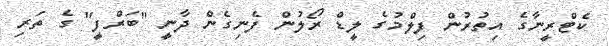
ކެޓްރީނާގެ އިތުރުން ފިލްމުގެ ލީޑް ރޯލުން ފެނިގެން ދާނީ "ބަރްފީ" ގެ ތަރި